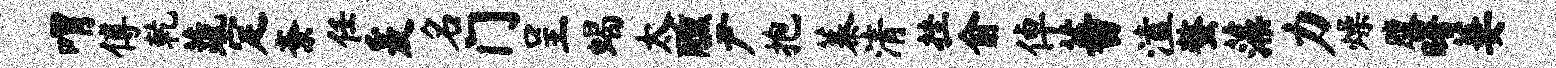
喟傅乾蔬定紊任爰名门呈蝎太醺尹抱蓁清挂俞倬蕃溘螯藻力燥腹曙萋